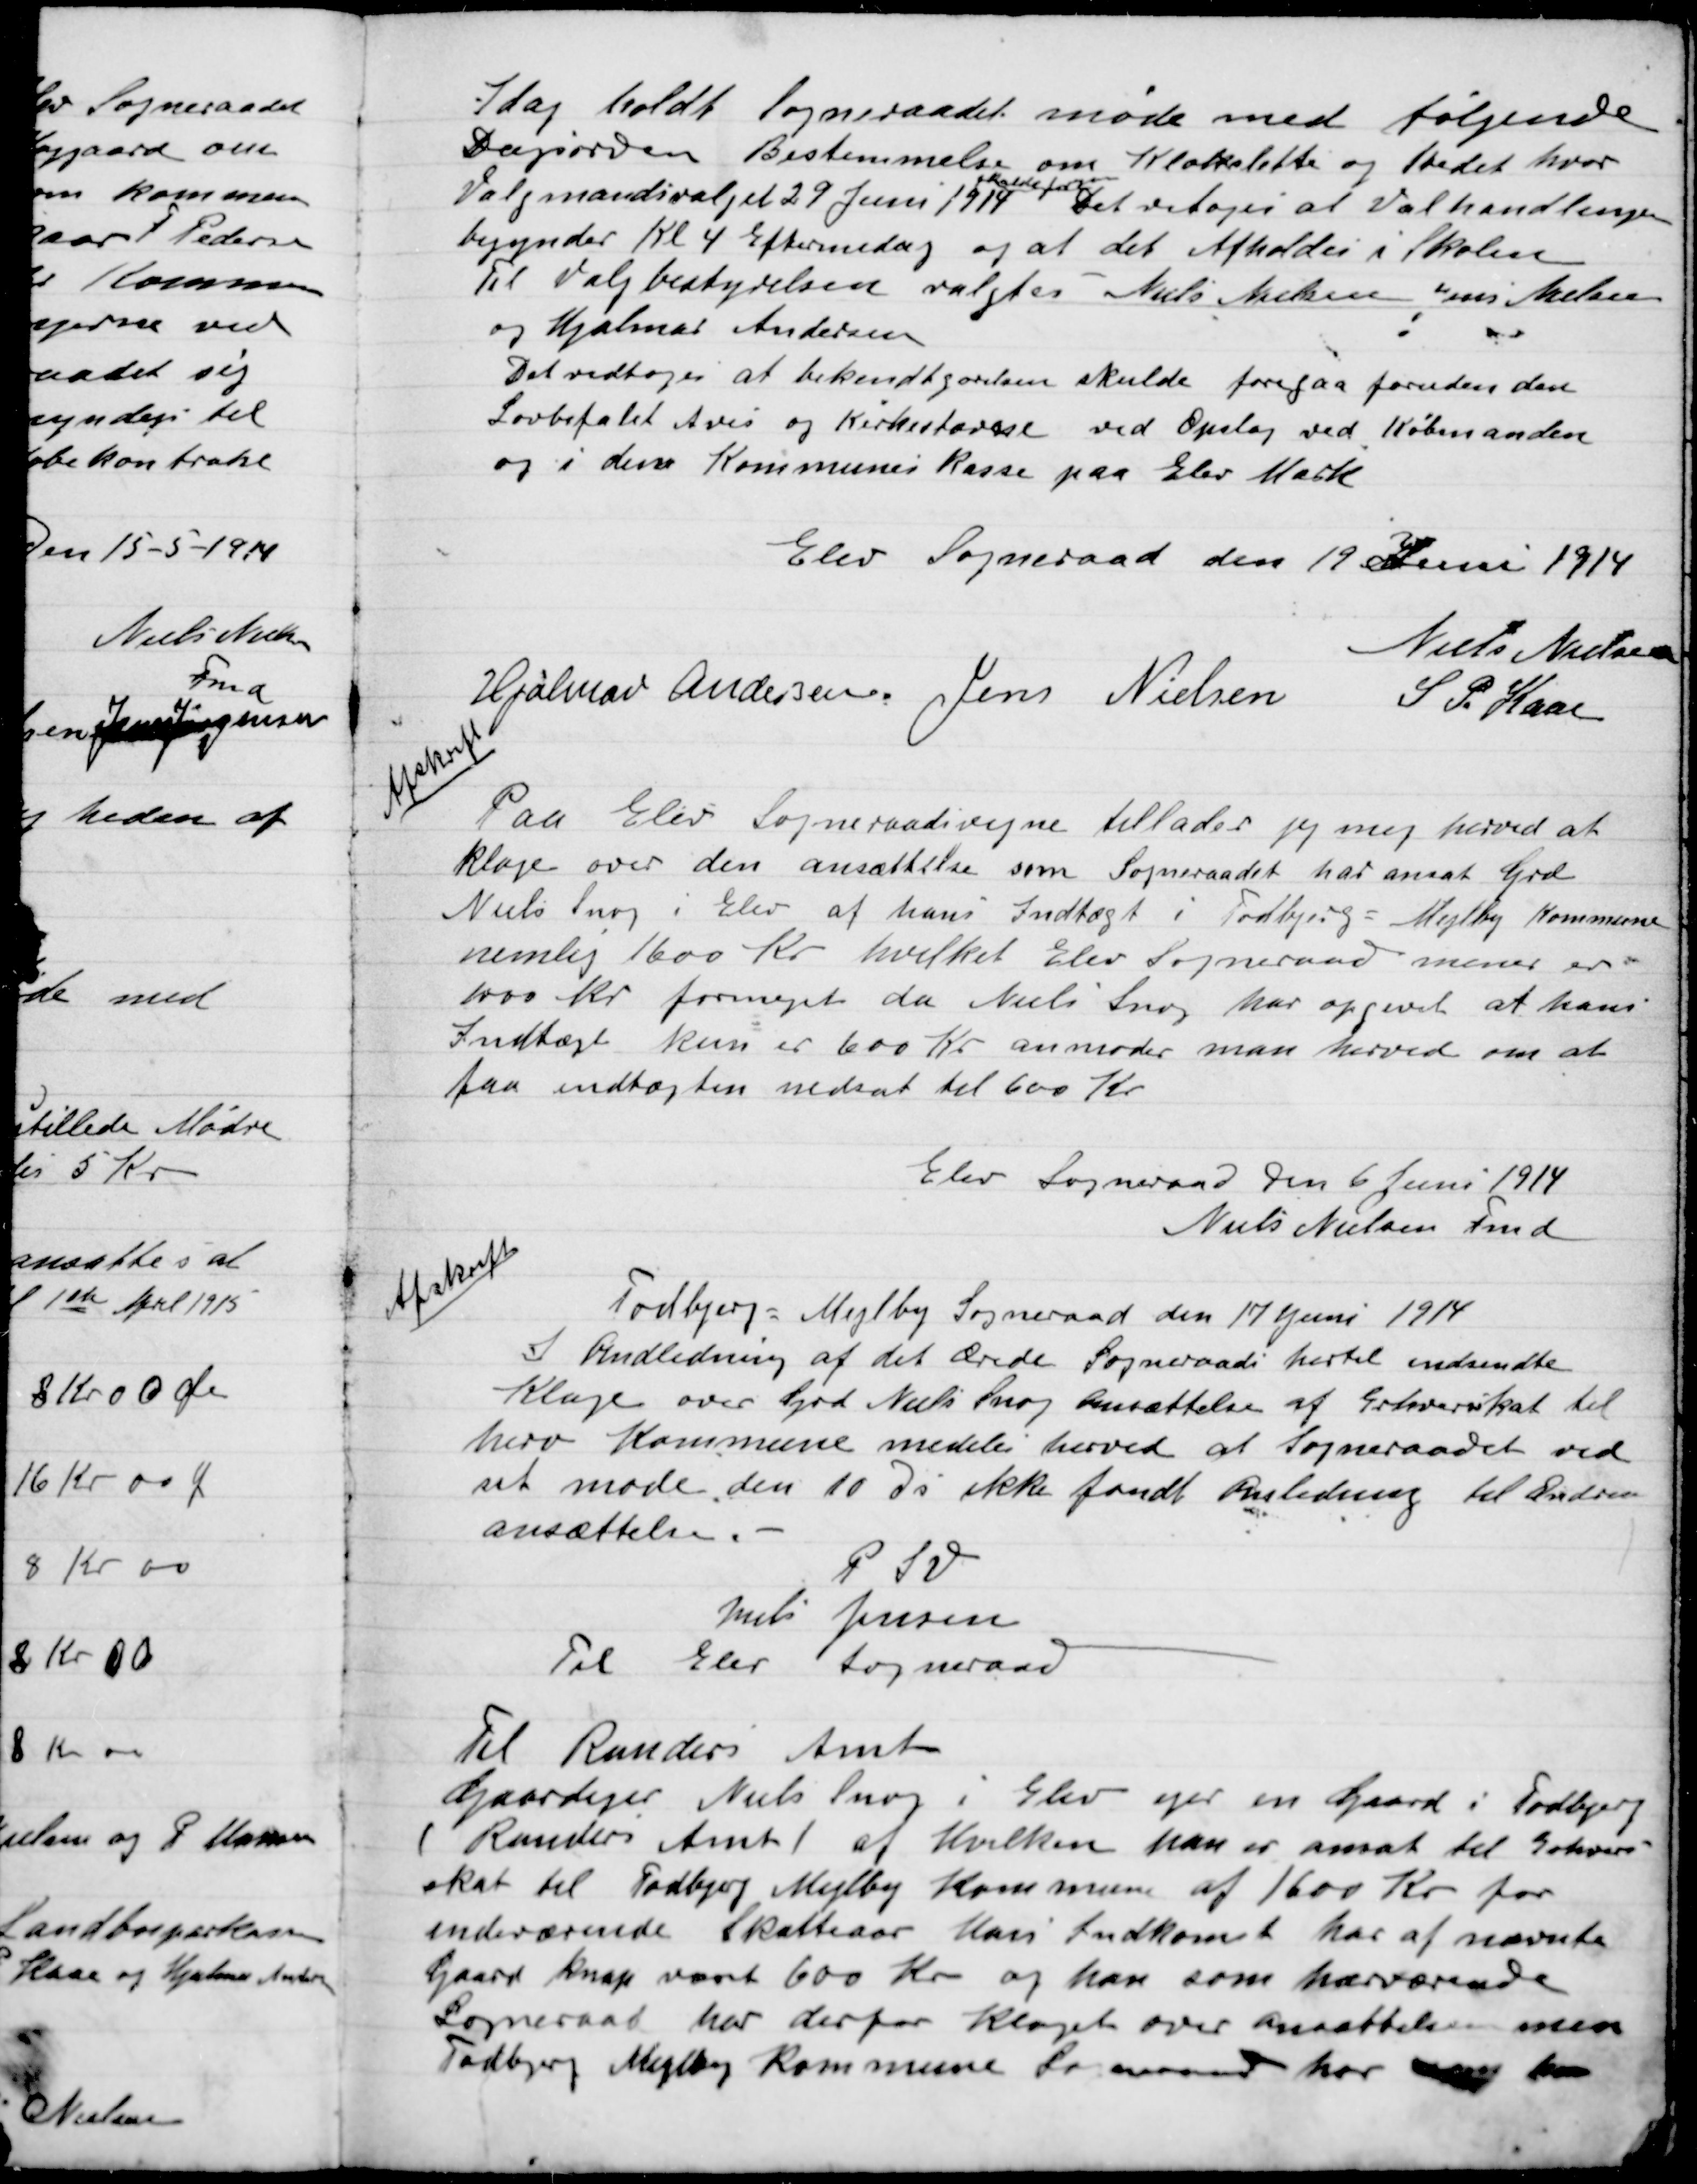
Transskription:
I dag holdt Sogneraadet møde med følgende
Dagsorden. Bestemmelse om Klokkeslettet og Sted hvor
Valgmandsvalget 29 Juni 1914
skulde
Det vedtoges at Valghandlingen
Begynder Kl. 4 Eftermiddag og at det Afholdes i Skolen.
Til Valgbestyrelsen valgtes Niels Nielsen. Jens Nielsen
Og Hjalmar Andersen.
Det vedtoges at bekendtgørelsen skulde foregaa foruden den
Lovbefalet Avis og  ved Opslag ved Købmanden
og i denne Kommunens Kasse paa Elev Mark.

Elev Sogneraad den 19 Juni 1914

Niels Nielsen
Hjalmar Andersen
Jens Nielsen
S. P. Kaas.

Afskrift
Paa Elev Sogneraads vegne tillader jeg mig herved at
klage over den ansættelse som Sogneraadet har ansat Grd.
Niels Snog i Elev at hans Indtægt i Todbjerg-Mejlbjerg Kommune
nemlig 1600 Kr. hvilket Elev Sogneraad mener er
1000 Kr. formeget da Niels Snog har opgivet at hans
Indtægt kun er 600 Kr. anmoder man herved om at
faa indtægten nedsat til 600 Kr.
Elev Sogneraad den 6 Juni 1914
Niels Nielsen Fmd.

Afskrift
Todbjerg-Mejlby Sogneraad den 17 Juni 1914
I Anledning af det ærede Sogneraad hidtil indsendte
Klage over Grd. Niels Snogs Ansættelse af Erhvervsskat til
Herv. Kommune meddeles herved at Sogneraadet ved
sit møde den 10. Da ikke fandt anledning til Ændre
ansættelsen. -
P.S.V.
Niels Jensen
Til Elev Sogneraad

Til Randers Amt
Gaardejer Niels Snog i elev ejer en Gaard i Todbjerg
I Randers Amt af Hvilken han er ansat til Erhvervs-
skat til Todbjerg Mejlby Kommune af 1600 Kr. for
indeværende Skatteaar. Hans indkomst har af nævnte
Gaard knap været 600 Kr. og han som hærværende
Sogneraad har derfor Klaget over ansættelsen men
Todbjerg-Mejlby Kommune Sogneraad har  for-